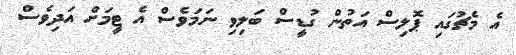
އެ މެޗުގައި ޕޮލިސް އަތުން ގުޑީސް ބަލިވި ނަމަވެސް އެ ޓީމަށް އަދިވެސް